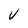
Character: V